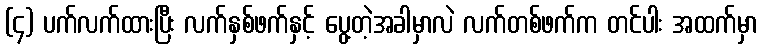
(၄) ပက်လက်ထားပြီး လက်နှစ်ဖက်နှင့် ပွေ့တဲ့အခါမှာလဲ လက်တစ်ဖက်က တင်ပါး အထက်မှာ